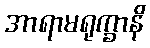
အာရာမရုက္ခာနိ